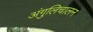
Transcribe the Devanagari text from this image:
अंगुलिचालन